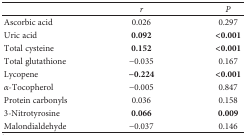
<table><thead><tr><td></td><td><b><i>r</i></b></td><td><b><i>P</i></b></td></tr></thead><tbody><tr><td>Ascorbic acid</td><td>0.026</td><td>0.297</td></tr><tr><td>Uric acid</td><td><b>0.092</b></td><td><b>&lt;0.001</b></td></tr><tr><td>Total cysteine</td><td><b>0.152</b></td><td><b>&lt;0.001</b></td></tr><tr><td>Total glutathione</td><td>−0.035</td><td>0.167</td></tr><tr><td>Lycopene</td><td><b>−0.224</b></td><td><b>&lt;0.001</b></td></tr><tr><td><i>α</i>-Tocopherol</td><td>−0.005</td><td>0.847</td></tr><tr><td>Protein carbonyls</td><td>0.036</td><td>0.158</td></tr><tr><td>3-Nitrotyrosine</td><td><b>0.066</b></td><td><b>0.009</b></td></tr><tr><td>Malondialdehyde</td><td>−0.037</td><td>0.146</td></tr></tbody></table>